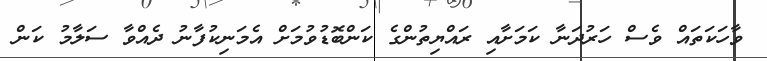
ވާހަކަތައް ވެސް ހަރުދަނާ ކަމަށާއި ރައްޔިތުންގެ ކަންބޮޑުވުމަށް އެމަނިކުފާނު ދެއްވާ ސަލާމު ކަން